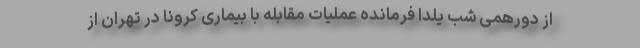
از دورهمی شب یلدا فرمانده عملیات مقابله با بیماری کرونا در تهران از